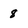
Character: 8